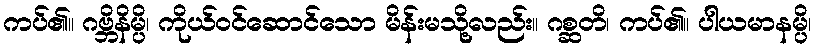
ကပ်၏။ ဂဗ္ဘိနိမ္ပိ၊ ကိုယ်ဝင်ဆောင်သော မိန်းမသို့လည်း။ ဂစ္ဆတိ၊ ကပ်၏။ ပါယမာနမ္ပိ၊